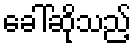
ခေါ်ဆိုသည့်